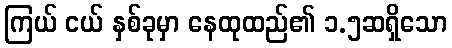
ကြယ် ငယ် နှစ်ခုမှာ နေထုထည်၏ ၁.၅ဆရှိသော